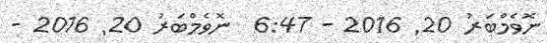
ނޮވެމްބަރު 20